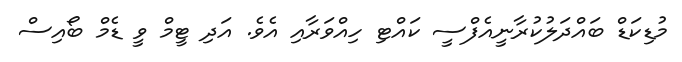
މުޑިކަޑް ބައްދަލުކުރާނީއެފްސީ ކައްޓި ހިއްވަރާއި އެވެ. އަދި ޓީމް ވީ ޑެމް ބޯއިސް